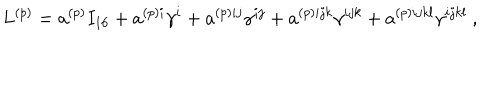
L ^ { ( p ) } = a ^ { ( p ) } I _ { 1 6 } + a ^ { ( p ) i } \gamma ^ { i } + a ^ { ( p ) i j } \gamma ^ { i j } + a ^ { ( p ) i j k } \gamma ^ { i j k } + a ^ { ( p ) i j k l } \gamma ^ { i j k l } ~ ,